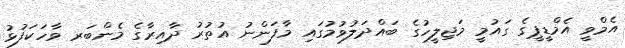
އެމްވީ އެމްޑީޕީގެ ގައުމީ މަޖިލީހުގެ ބައްދަލުވުމުގައި މާފަންނު އުތުރު ދާއިރާގެ މެންބަރ ވާހަކަފުޅު